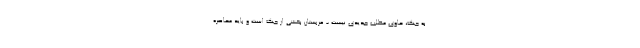
به جنگ، حاوی مطلب جدیدی نیست - عربستان بخشی از جنگ است و باید محاصره